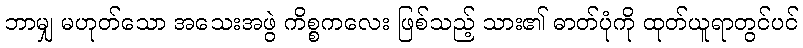
ဘာမျှ မဟုတ်သော အသေးအဖွဲ ကိစ္စကလေး ဖြစ်သည့် သား၏ ဓာတ်ပုံကို ထုတ်ယူရာတွင်ပင်